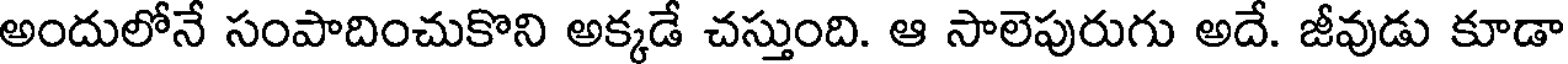
అందులోనే సంపాదించుకొని అక్కడే చస్తుంది. ఆ సాలెపురుగు అదే. జీవుడు కూడా